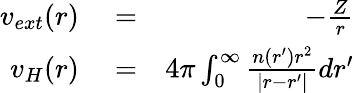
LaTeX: \begin{array}{rlr}{v_{ext}(r)}&{{}=}&{-\frac{Z}{r}}\\ {v_{H}(r)}&{{}=}&{4\pi\int_{0}^{\infty}\frac{n(r^{\prime})r^{2}}{|r-r^{\prime}|}dr^{\prime}}\end{array}